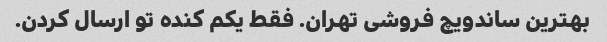
بهترین ساندویچ فروشی تهران. فقط یکم کنده تو ارسال کردن.